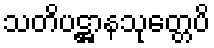
သတိပဋ္ဌာနသုတ္တေပိ